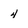
Character: 4